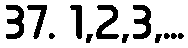
37. 1,2,3,...